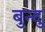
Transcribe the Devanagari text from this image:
बुन्दु